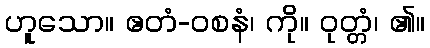
ဟူသော။ ဧတံ-ဝစနံ၊ ကို။ ဝုတ္တံ၊ ၏။